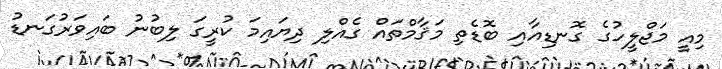
މިއީ މަޖްލީހުގެ ގޮނޑިއާއި ބޮޑެތި މަޤާމްތައް ގެއްލި ދިޔައިމަ ކުރީގަ ލިބުނު ބައިވަރުގަނޑު